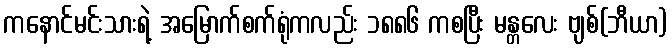
ကနောင်မင်းသားရဲ့ အမြောက်စက်ရုံကလည်း ၁၈၈၆ ကစပြီး မန္တလေး ဗျစ်(ဘီယာ)